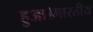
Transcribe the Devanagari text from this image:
हुआ।भारतीय